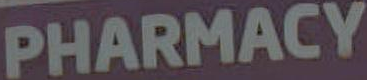
PHARMACY